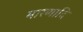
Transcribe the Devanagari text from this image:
मारणादि